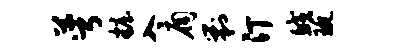
萼妆入扃剿汀鲛琬